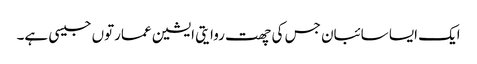
ایک ایسا سائبان جس کی چھت روایتی ایشین عمارتوں جیسی ہے۔